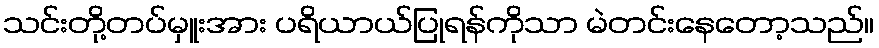
သင်းတို့တပ်မှူးအား ပရိယာယ်ပြုရန်ကိုသာ မဲတင်းနေတော့သည်။